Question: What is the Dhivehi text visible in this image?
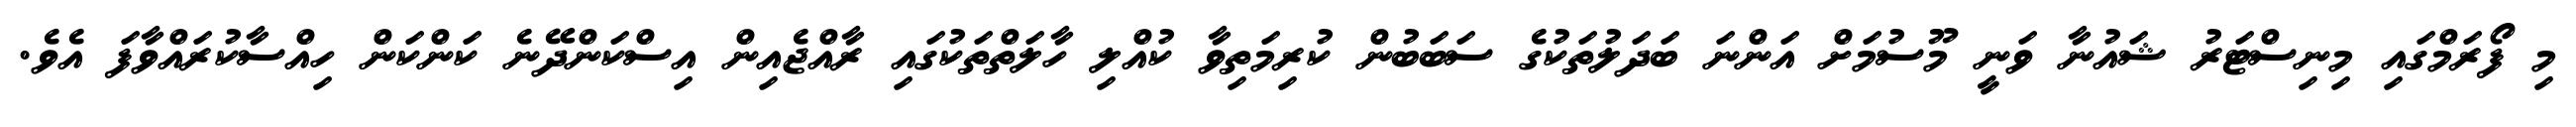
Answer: މި ފޯރަމްގައި މިނިސްޓަރު ޝައުނާ ވަނީ މޫސުމަށް އަންނަ ބަދަލުތަކުގެ ސަބަބުން ކުރިމަތިވާ ކުއްލި ހާލަތްތަކުގައި ރާއްޖެއިން އިސްކަންދޭނެ ކަންކަން ހިއްސާކުރައްވާފަ އެވެ.